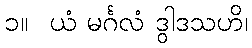
၁။  ယံ မင်္ဂလံ ဒွါဒသဟိ၊